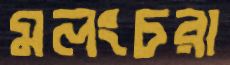
মলংচরা